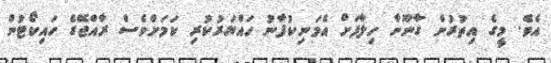
އެވެ. މީގެ އިތުރުން ގާނޫނާ ހިލާފަށް އެމަނިކުފާނު ހައްޔަރުކުރި ކަމަށްވެސް ރާއްޖޭގެ ހައިކޯޓުން